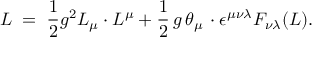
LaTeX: { \cal L } \; = \; \frac { 1 } { 2 } g ^ { 2 } L _ { \mu } \cdot L ^ { \mu } + \frac { 1 } { 2 } \, g \, \theta _ { \mu } \, \cdot \epsilon ^ { \mu \nu \lambda } F _ { \nu \lambda } ( L ) .